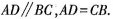
AD∥BC，AD=CB.